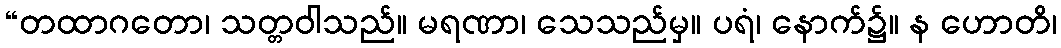
“တထာဂတော၊ သတ္တဝါသည်။ မရဏာ၊ သေသည်မှ။ ပရံ၊ နောက်၌။ န ဟောတိ၊